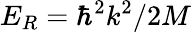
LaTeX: E_{R}=\hbar^{2}k^{2}/2M